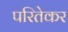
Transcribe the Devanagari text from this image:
परितेकर